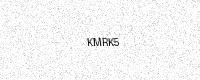
Text: KMRK5